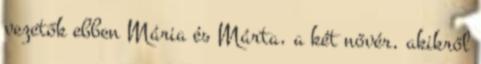
vezetők ebben Mária és Márta, a két nővér, akikről